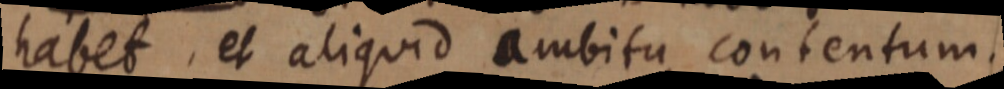
habet, et aliquid ambitu contentum.